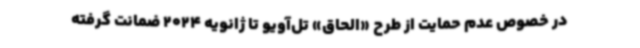
در خصوص عدم حمایت از طرح «الحاق» تل‌آویو تا ژانویه 2024 ضمانت گرفته